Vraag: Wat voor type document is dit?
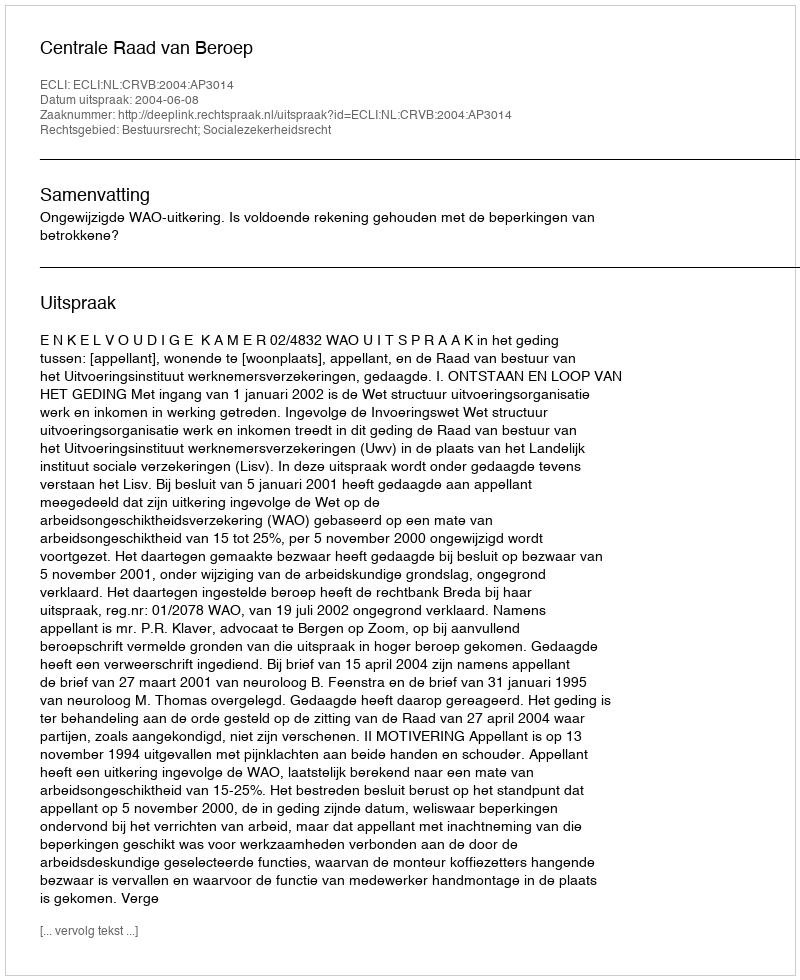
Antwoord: Uitspraak